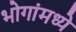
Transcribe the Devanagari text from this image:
भोगांमध्ये